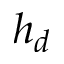
h _ { d }